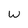
Character: W